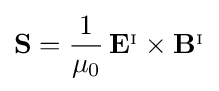
\mathbf {S} ={\frac {1}{\mu _{0}}}\,\mathbf {E} ^{_{\mathrm {I} }}\times \mathbf {B} ^{_{\mathrm {I} }}